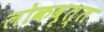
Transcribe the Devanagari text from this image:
लोकवृत्त